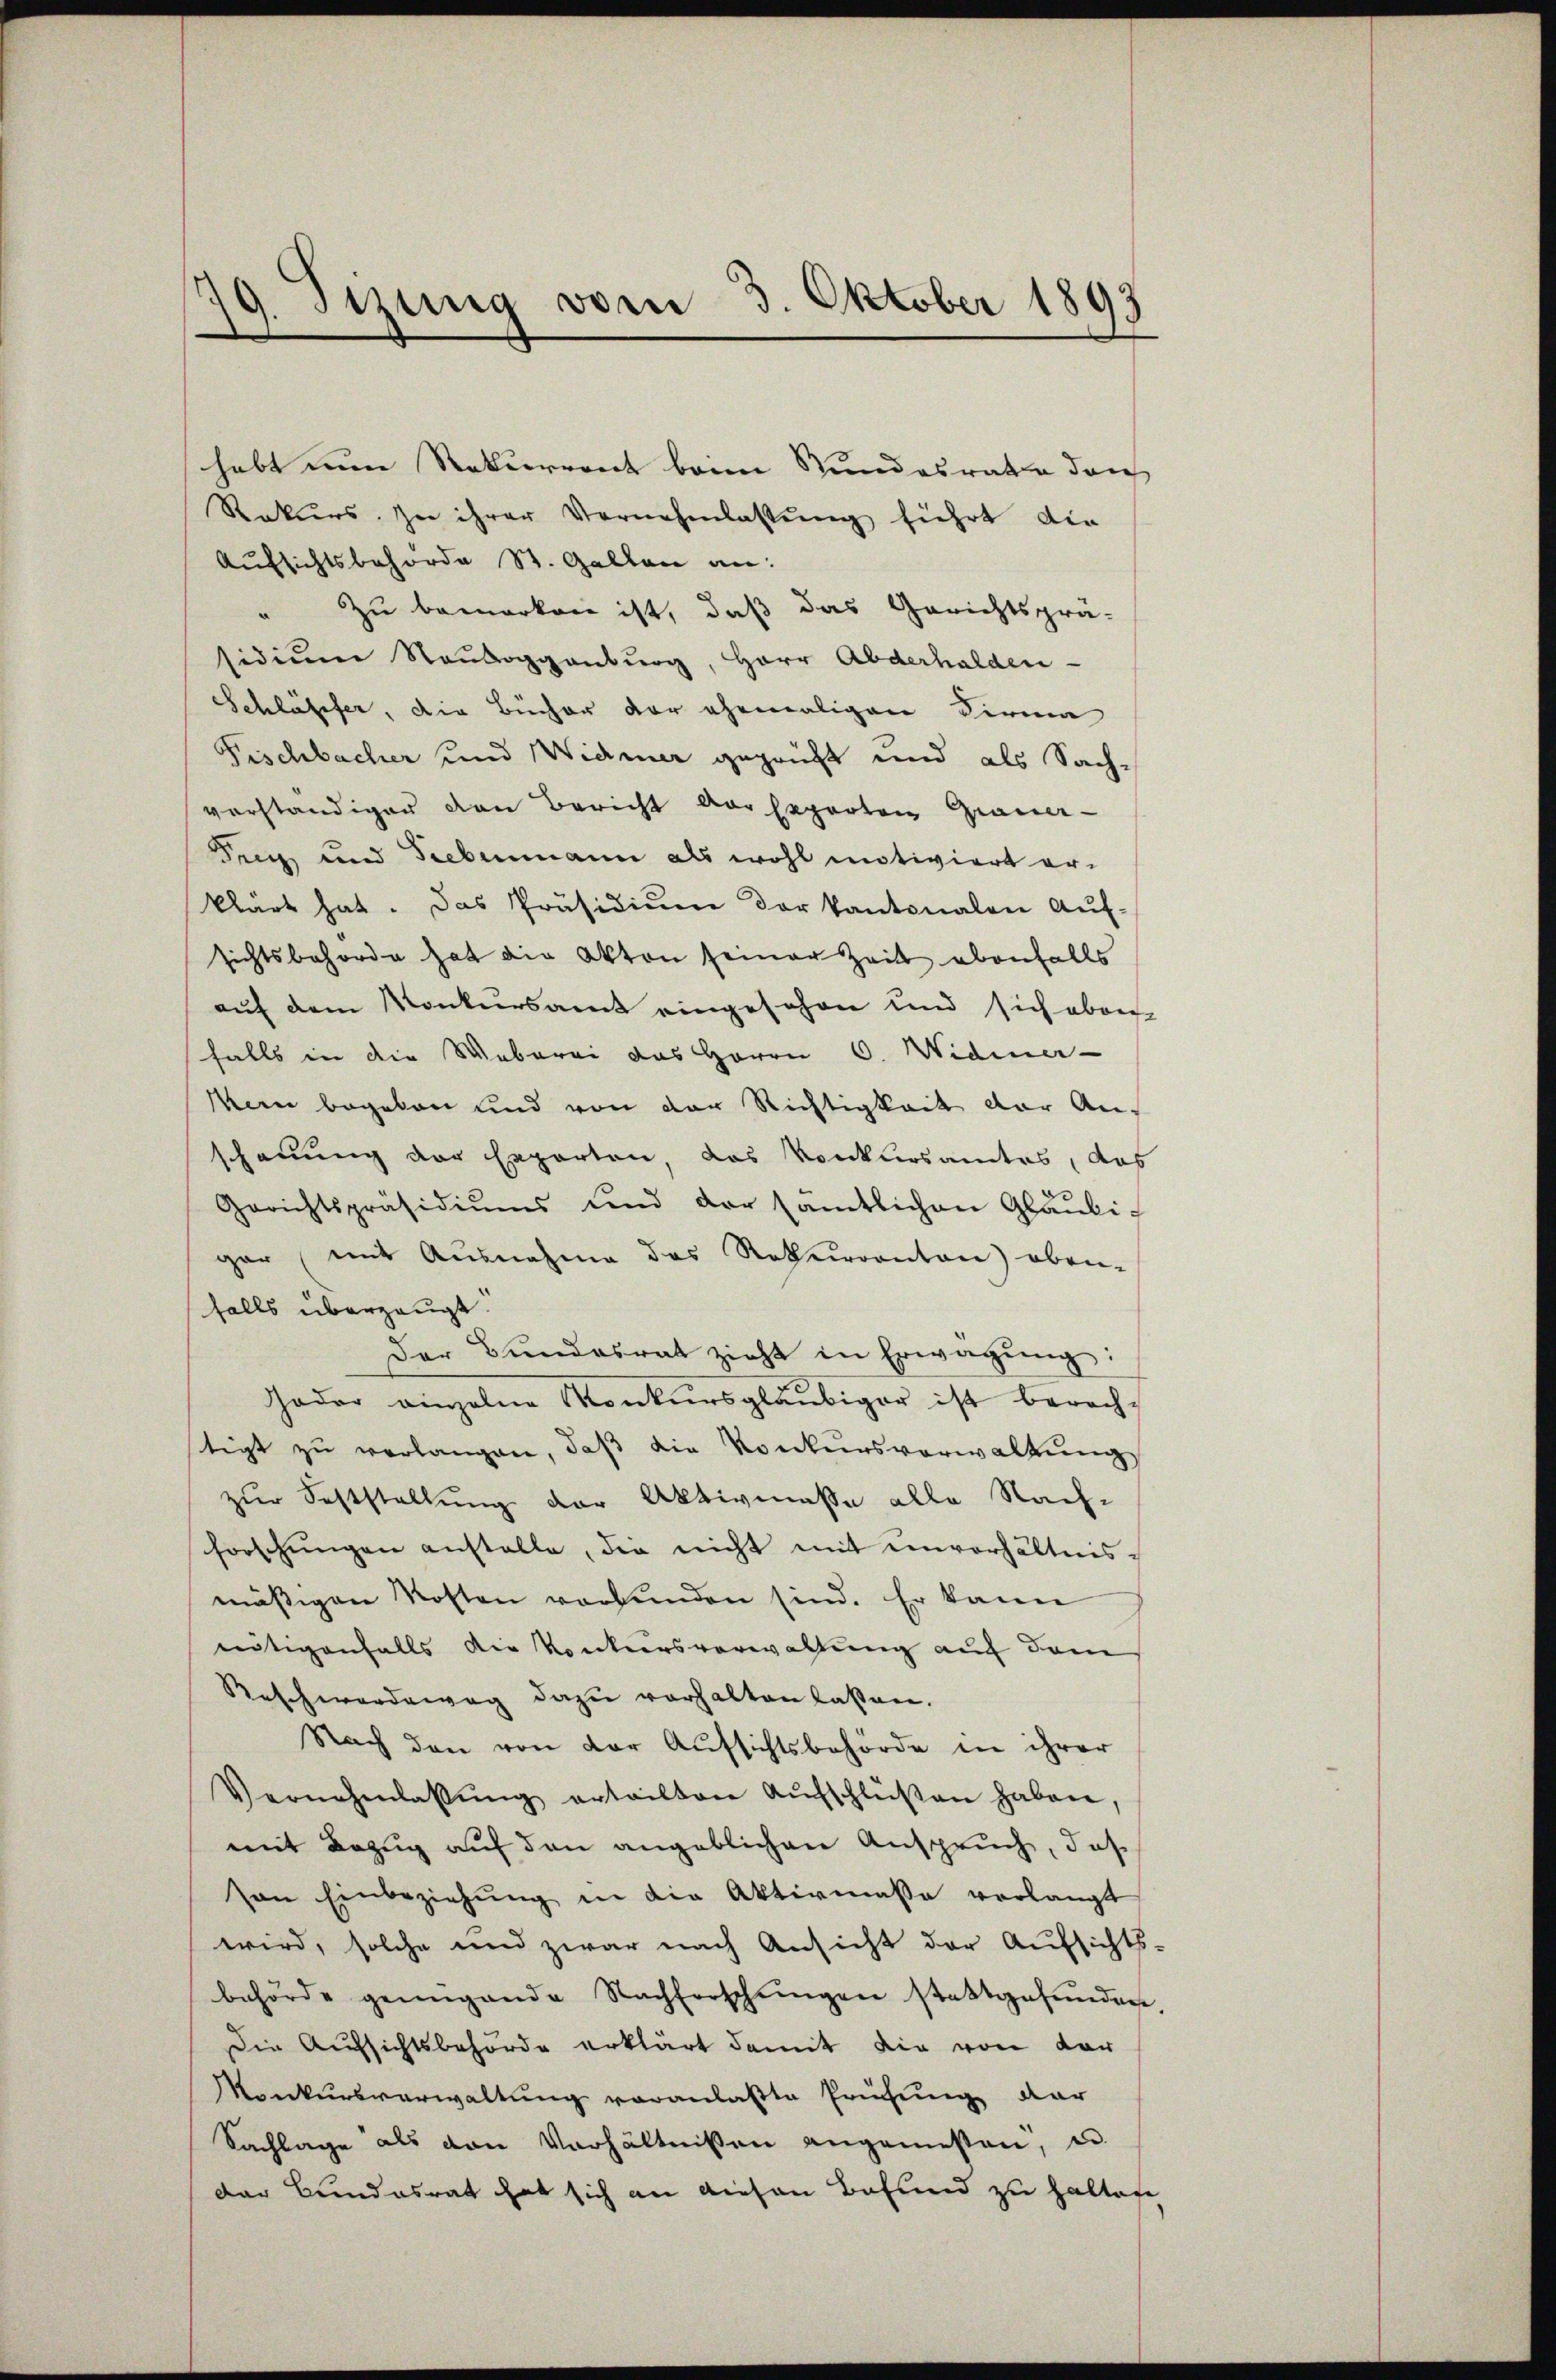
19. Sizung vom 3. Oktober 1893

habt nun Rekurrent beim Stundesrathe durch
Rekurs. In ihrer Vernehmlassung führt die
Aufsichtsbehörde St. Gallen an:
" zu bemerken ist, daß das Gerichtsprä-
sidium Rauboggenburg, Herr Abderhalden-
Schläffer, die Bücher der ehemaligen Firma
Fischbacher und Widmer geprüft und als Sach-
vorständiger den Bericht vor separten Grauer-
Teig und Grebenmann als wohl motiviert erklärt hat. Das Präsidiŭm der kantonalen Aŭf-
sichtsbehörde hat die Akten seiner Zeit ebenfalls
auf dem Konkursamt eingesehen und sich aber
falls in die Weberei das Herrn C. Widmer-
Man begeben und von der Richtigkeit der An-
schauung der Experten, das Konkursamtes, das
Gerichtspräsidiŭms und der sämtlichen Gläubi-
gar (mit Ausnahme das Rekurrenton) oben-
falls überzeugt.
der Bŭndesrat zieht in Erwägŭng:
Goder einzelne Konkursgläubiger ist berechtigt zŭ verlangen, daβ die Konkursverwaltŭng
zur Feststellung der Aktivmasse alle Nach-
forschungen anstalle, die nicht mit einverhältnismäßigen Kosten verbunden sind. Er kann
nötigenfalls die Konkursverwaltung auf dem
Reschwerdeweg dazu verhalten lassen.
Nach den von der Aufsichtsbehörde in ihrer
Vernehmlassŭng erteilten Aŭfschlüßen haben,
mit Bezug auf den angeblichen Anspruch, daß
von Einbeziehŭng in die Aktivmasse verlangt
wird, solche und zwar nach Ansicht der Aufsichts-
behörde genügende Nachforschŭngen stattgefŭnden
Die Aufsichtsbehörde erklärt damit die von dar
Monkursverwaltung veranlaßte Prüfung dar
Sachlage als von Verhältnissen angemessen, u.
der Bundesrat hat sich an diesen Befund zu haltete